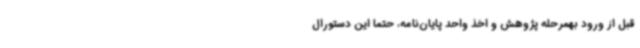
قبل از ورود بهمرحله پژوهش و اخذ واحد پایان‌نامه، حتما این دستورال